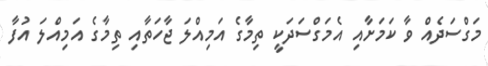
މަގްސަދެއް ވާ ކަމަށާއި އެމަގްސަދަކީ ތިމާގެ އަމިއްލަ ޖާހަތާއި ތިމާގެ އަމިއްލަ އުފާ